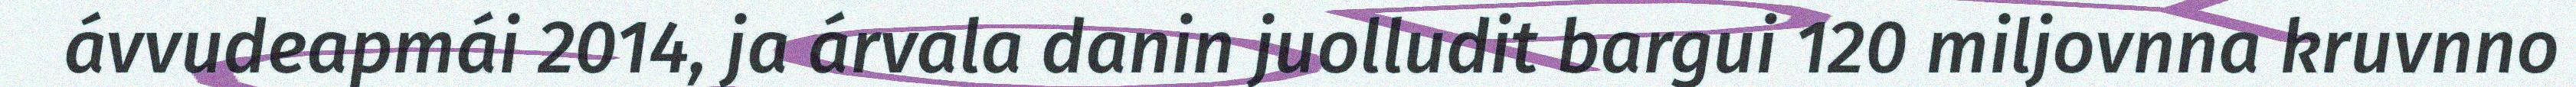
ávvudeapmái 2014, ja árvala danin juolludit bargui 120 miljovnna kruvnno